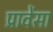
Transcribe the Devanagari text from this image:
प्रावेंसा